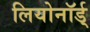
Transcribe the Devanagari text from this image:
लियोनॉर्ड्